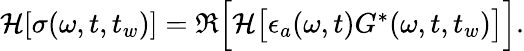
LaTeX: \begin{array}{r}{\mathcal{H}[\sigma(\omega,t,t_{w})]=\Re\Big[\mathcal{H}\big[\epsilon_{a}(\omega,t){G}^{*}(\omega,t,t_{w})\big]\Big].}\end{array}